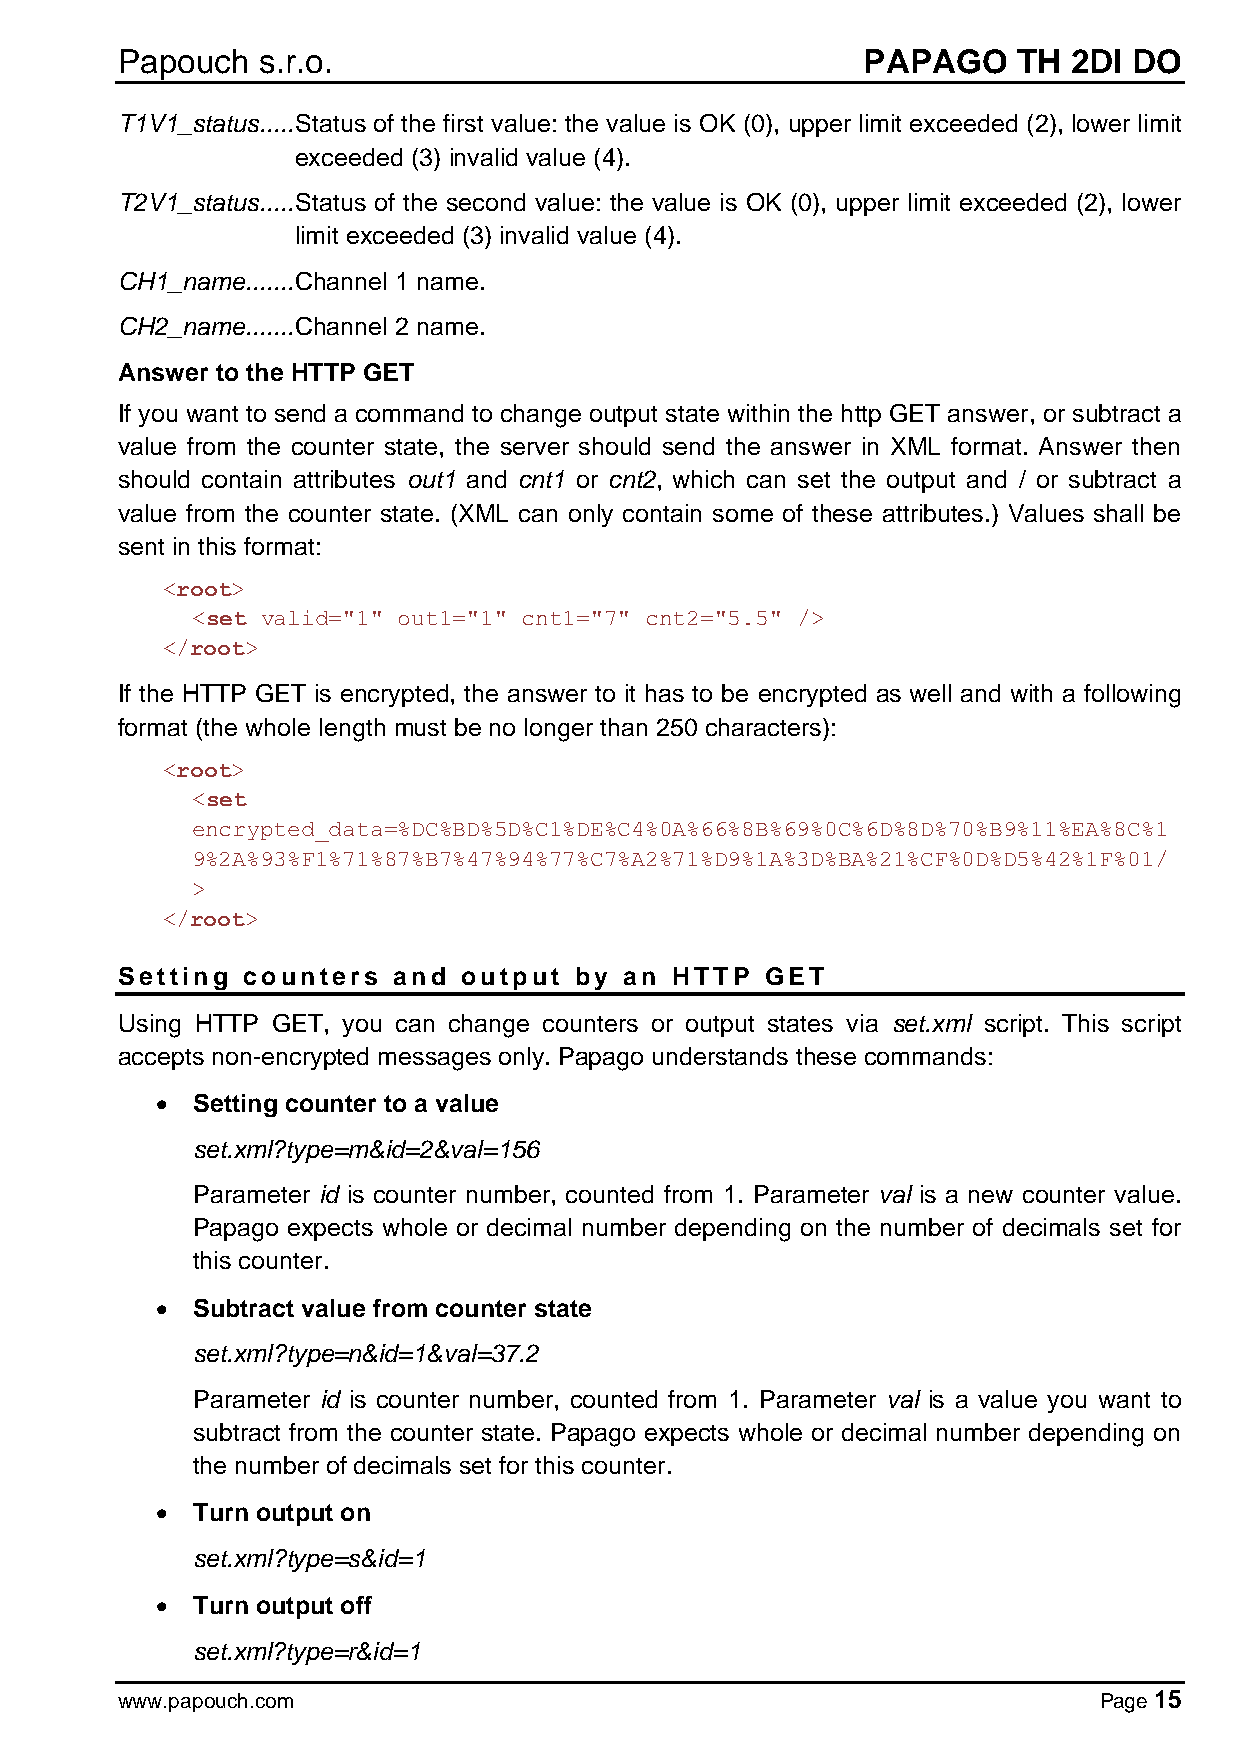
Papouch  s.r.o.                                  PAPAGO    TH  2DI DO
 T1V1_status ..... Status of the first value: the value is OK (0), upper limit exceeded (2), lower limit
 exceeded (3) invalid value (4).
 T2V1_status ..... Status of the second value: the value is OK (0), upper limit exceeded (2), lower
 limit exceeded (3) invalid value (4).
 CH1_name ....... Channel 1 name.
 CH2_name ....... Channel 2 name.
 Answer to the HTTP GET
 If you want to send a command to change output state within the http GET answer, or subtract a
 value from the counter state, the server should send the answer in XML format. Answer then
 should contain attributes out1 and cnt1 or cnt2, which can set the output and / or subtract a
 value from the counter state. (XML can only contain some of these attributes.) Values shall be
 sent in this format:
 <root>
 <set valid="1" out1="1" cnt1="7" cnt2="5.5" />
 </root>
 If the HTTP GET is encrypted, the answer to it has to be encrypted as well and with a following
 format (the whole length must be no longer than 250 characters):
 <root>
 <set
 encrypted_data=%DC%BD%5D%C1%DE%C4%0A%66%8B%69%0C%6D%8D%70%B9%11%EA%8C%1
 9%2A%93%F1%71%87%B7%47%94%77%C7%A2%71%D9%1A%3D%BA%21%CF%0D%D5%42%1F%01/
 >
 </root>
 Setting counters  and  output by an HTTP   GET
 Using HTTP GET, you can change counters or output states via set.xml script. This script
 accepts non-encrypted messages only. Papago understands these commands:
 •  Setting counter to a value
 set.xml?type=m&id=2&val=156
 Parameter id is counter number, counted from 1. Parameter val is a new counter value.
 Papago expects whole or decimal number depending on the number of decimals set for
 this counter.
 •  Subtract value from counter state
 set.xml?type=n&id=1&val=37.2
 Parameter id is counter number, counted from 1. Parameter val is a value you want to
 subtract from the counter state. Papago expects whole or decimal number depending on
 the number of decimals set for this counter.
 •  Turn output on
 set.xml?type=s&id=1
 •  Turn output off
 set.xml?type=r&id=1
 www.papouch.com                                                  Page 15